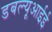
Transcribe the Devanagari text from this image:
डबल्यूआईई